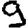
Digit: 9